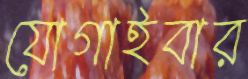
যোগাইবার